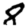
Digit: 8